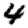
Digit: 4